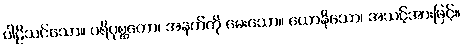
ပါဠိသင်သော။ ပရိပုစ္ဆတော၊ အနက်ကို မေးသော။ ယောနိသော၊ အသင့်အားဖြင့်။